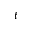
t